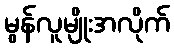
မွန်လူမျိုးအလိုက်